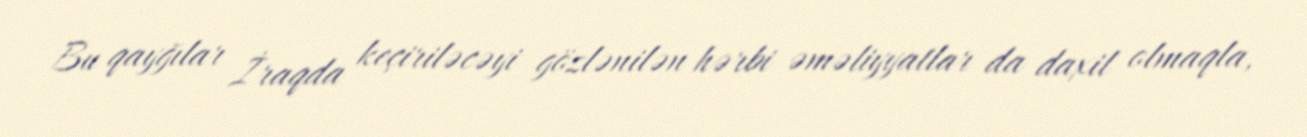
Bu qayğılar İraqda keçiriləcəyi gözlənilən hərbi əməliyyatlar da daxil olmaqla,